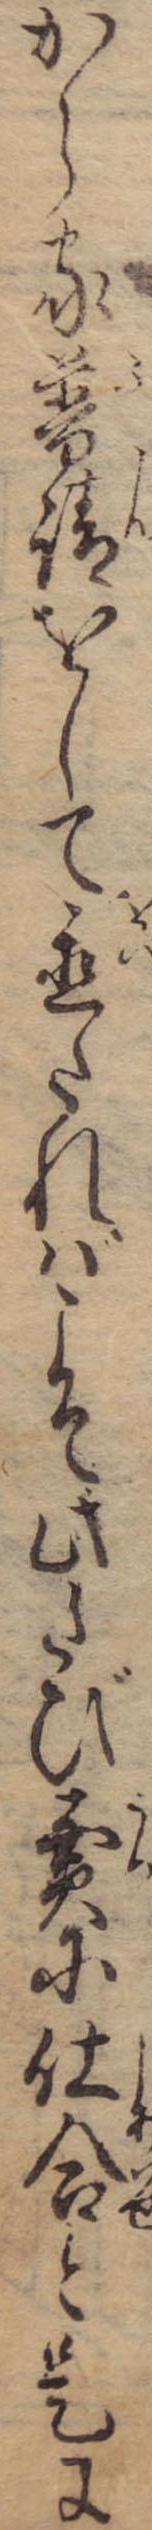
から家普請をして置たればこそ此たび売に仕合と是に